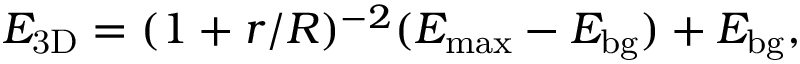
E _ { \mathrm { 3 D } } = ( 1 + r / R ) ^ { - 2 } ( E _ { \mathrm { m a x } } - E _ { \mathrm { b g } } ) + E _ { \mathrm { b g } } ,